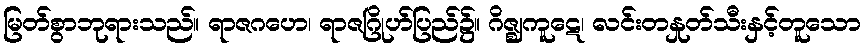
မြတ်စွာဘုရားသည်။ ရာဇဂဟေ၊ ရာဇဂြိုဟ်ပြည်၌။ ဂိဇ္ဈကူဋေ၊ လင်းတနှုတ်သီးနှင့်တူသော